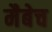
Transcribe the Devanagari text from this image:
मैबेच